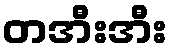
တအီးအီး